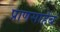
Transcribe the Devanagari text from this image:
प्राणसाहेब